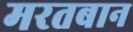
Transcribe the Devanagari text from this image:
मरतबान